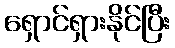
ရှောင်ရှားနိုင်ပြီး